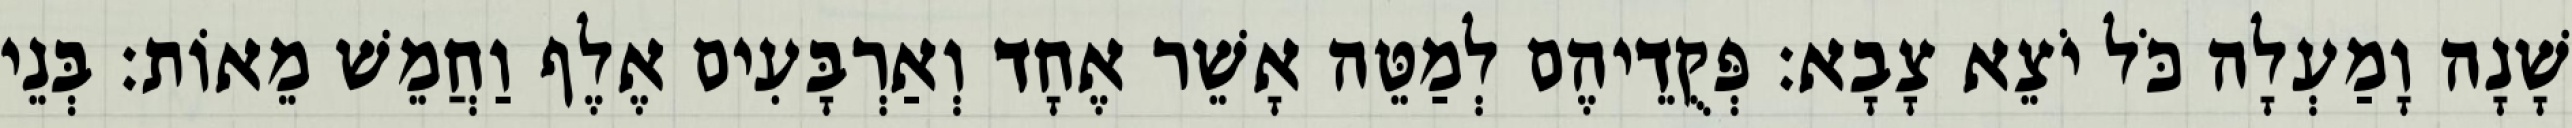
שָׁנָה וָמַעְלָה כֹּל יֹצֵא צָבָא׃ פְּקֻדֵיהֶם לְמַטֵּה אָשֵׁר אֶחָד וְאַרְבָּעִים אֶלֶף וַחֲמֵשׁ מֵאוֹת׃ בְּנֵי